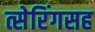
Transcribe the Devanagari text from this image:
त्सेरिंगसह